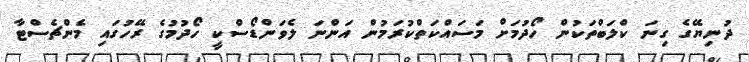
ދުނިޔޭގެ ގިނަ ކްލަބްތަކުން ހޯދުމަށް މަސައްކަތްކުރަމުން އަންނަ ލެވަންޑޯސްކީ ހޯދުމުގެ ރޭހުގައި މެންޗެސްޓާ